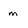
Character: m